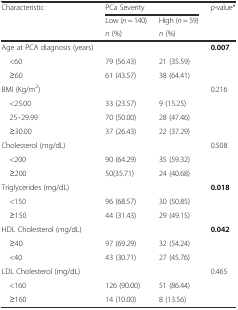
<table><thead><tr><td rowspan="3"><b>Characteristic</b></td><td colspan="2"><b>PCa Severity</b></td><td rowspan="3"><b><i>p</i>-value*</b></td></tr><tr><td><b>Low (<i>n</i> = 140)</b></td><td><b>High (<i>n</i> = 59)</b></td></tr><tr><td><b><i>n</i> (%)</b></td><td><b><i>n</i> (%)</b></td></tr></thead><tbody><tr><td>Age at PCA diagnosis (years)</td><td>[EMPTY_CELL]</td><td>[EMPTY_CELL]</td><td><b>0.007</b></td></tr><tr><td> &lt;60</td><td>79 (56.43)</td><td>21 (35.59)</td><td>[EMPTY_CELL]</td></tr><tr><td> ≥60</td><td>61 (43.57)</td><td>38 (64.41)</td><td>[EMPTY_CELL]</td></tr><tr><td>BMI (Kg/m<sup>2</sup>)</td><td>[EMPTY_CELL]</td><td>[EMPTY_CELL]</td><td>0.216</td></tr><tr><td> &lt;25.00</td><td>33 (23.57)</td><td>9 (15.25)</td><td>[EMPTY_CELL]</td></tr><tr><td> 25–29.99</td><td>70 (50.00)</td><td>28 (47.46)</td><td>[EMPTY_CELL]</td></tr><tr><td> ≥30.00</td><td>37 (26.43)</td><td>22 (37.29)</td><td>[EMPTY_CELL]</td></tr><tr><td>Cholesterol (mg/dL)</td><td>[EMPTY_CELL]</td><td>[EMPTY_CELL]</td><td>0.508</td></tr><tr><td> &lt;200</td><td>90 (64.29)</td><td>35 (59.32)</td><td>[EMPTY_CELL]</td></tr><tr><td> ≥200</td><td>50(35.71)</td><td>24 (40.68)</td><td>[EMPTY_CELL]</td></tr><tr><td>Triglycerides (mg/dL)</td><td>[EMPTY_CELL]</td><td>[EMPTY_CELL]</td><td><b>0.018</b></td></tr><tr><td> &lt;150</td><td>96 (68.57)</td><td>30 (50.85)</td><td>[EMPTY_CELL]</td></tr><tr><td> ≥150</td><td>44 (31.43)</td><td>29 (49.15)</td><td>[EMPTY_CELL]</td></tr><tr><td>HDL Cholesterol (mg/dL)</td><td>[EMPTY_CELL]</td><td>[EMPTY_CELL]</td><td><b>0.042</b></td></tr><tr><td> ≥40</td><td>97 (69.29)</td><td>32 (54.24)</td><td>[EMPTY_CELL]</td></tr><tr><td> &lt;40</td><td>43 (30.71)</td><td>27 (45.76)</td><td>[EMPTY_CELL]</td></tr><tr><td>LDL Cholesterol (mg/dL)</td><td>[EMPTY_CELL]</td><td>[EMPTY_CELL]</td><td>0.465</td></tr><tr><td> &lt;160</td><td>126 (90.00)</td><td>51 (86.44)</td><td>[EMPTY_CELL]</td></tr><tr><td> ≥160</td><td>14 (10.00)</td><td>8 (13.56)</td><td>[EMPTY_CELL]</td></tr></tbody></table>